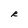
Character: R